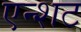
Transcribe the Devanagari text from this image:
एन्शट